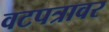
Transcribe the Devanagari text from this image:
वटपत्रावर